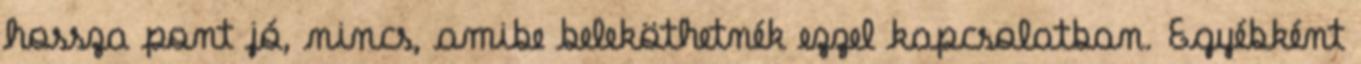
hossza pont jó, nincs, amibe beleköthetnék ezzel kapcsolatban. Egyébként